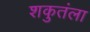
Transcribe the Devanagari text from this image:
शकुतंला